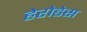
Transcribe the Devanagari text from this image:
हेरोडेस